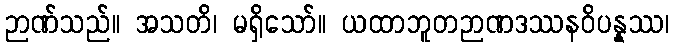
ဉာဏ်သည်။ အသတိ၊ မရှိသော်။ ယထာဘူတဉာဏဒဿနဝိပန္နဿ၊